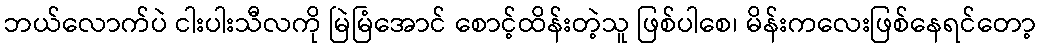
ဘယ်လောက်ပဲ ငါးပါးသီလကို မြဲမြံအောင် စောင့်ထိန်းတဲ့သူ ဖြစ်ပါစေ၊ မိန်းကလေးဖြစ်နေရင်တော့